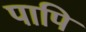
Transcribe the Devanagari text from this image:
पापि